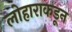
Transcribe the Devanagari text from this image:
लोहाराकडून